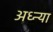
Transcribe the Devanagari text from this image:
अध्न्या